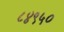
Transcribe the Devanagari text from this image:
८४९५०